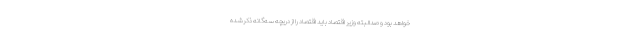
خواهد بود و صدالبته وزیر اقتصاد باید اقتصاد را از دریچه سه‌گانه ذکرشده